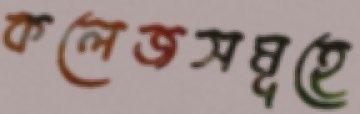
কলেজসমূহে